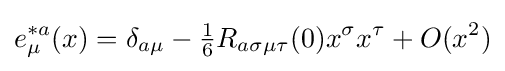
e_{\mu }^{*a}(x)=\delta _{a\mu }-{\tfrac {1}{6}}R_{a\sigma \mu \tau }(0)x^{\sigma }x^{\tau }+O(x^{2})